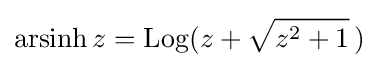
\operatorname {arsinh} z=\operatorname {Log} (z+{\sqrt {z^{2}+1}}\,)